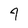
Character: 4